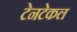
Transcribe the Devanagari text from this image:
टेनटेकल